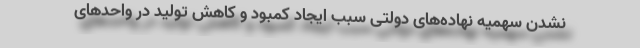
نشدن سهمیه نهاده‌های دولتی سبب ایجاد کمبود و کاهش تولید در واحدهای